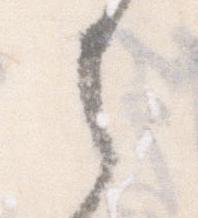
者